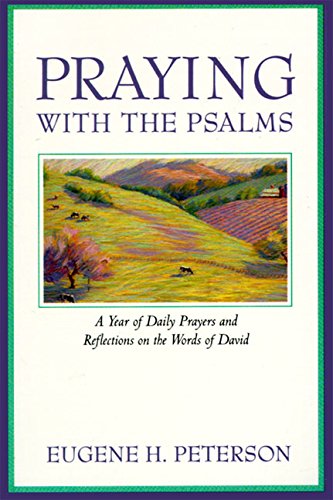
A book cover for Praying with the Psalms: A Year of Daily Prayers and Reflections on the Words of David; Eugene H. Peterson; Religion & Spirituality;